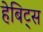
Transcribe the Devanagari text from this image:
हेबिट्स